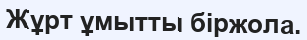
Жұрт ұмытты біржола.